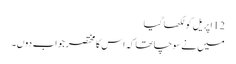
12 اپریل کو لکھا گیا
میں نے سوچا تھا کہ اس کا مختصر جواب دوں۔